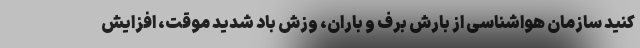
کنید سازمان هواشناسی از بارش برف و باران، وزش باد شدید موقت، افزایش